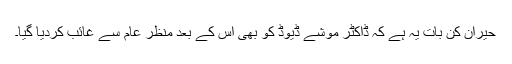
حیران کن بات یہ ہے کہ ڈاکٹر موشے ڈیوڈ کو بھی اس کے بعد منظر عام سے غائب کردیا گیا۔